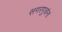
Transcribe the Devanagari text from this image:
सगरपुत्रांना